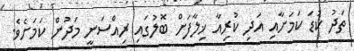
ތަދު ކުޑަ ކަމަށާއި އަދި ކުރިއާ ޚިލާފަށް ބޮލުގައި ރިއްސަނީ މަދުން ކަމަށެވެ.